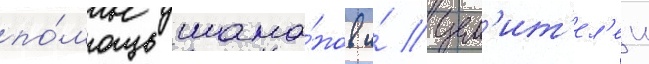
по́мощь шама́нов и́ цел'ит'ел'еи